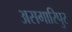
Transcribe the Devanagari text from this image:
असगारिपुर